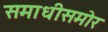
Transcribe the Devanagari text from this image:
समाधीसमोर